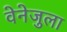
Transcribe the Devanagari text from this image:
वेनेजुला